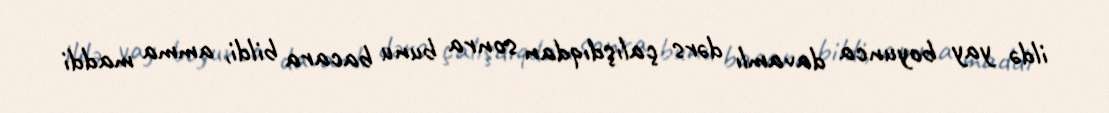
ildə yay boyunca davamlı dərs çalışdıqdan sonra bunu bacara bildi, amma maddi